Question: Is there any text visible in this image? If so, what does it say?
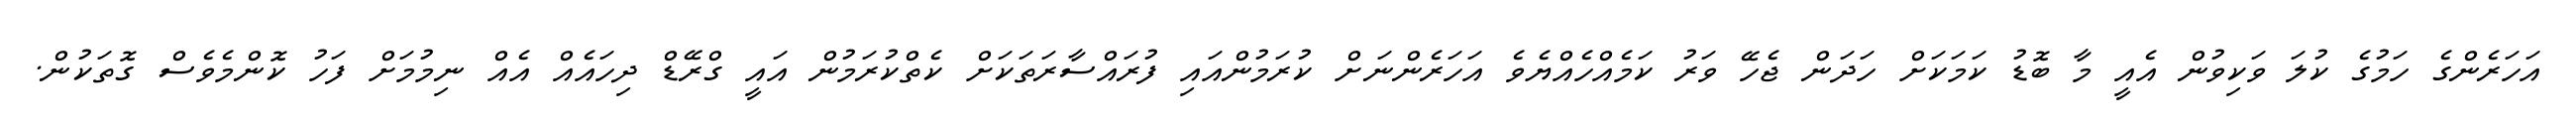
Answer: އަހަރެންގެ ހަމުގެ ކުލަ ވަކިވުން އެއީ މާ ބޮޑު ކަމަކަށް ހަދަން ޖެހޭ ވަރު ކަމެއްހެއްޔެވެ އަހަރެންނަށް ކުރަމުންއައި ފުރައްސާރަތަކަށް ކެތްކުރަމުން އައީ ގްރޭޑް ދިހައެއް އެއް ނިމުމަށް ފަހު ކޮންމެވެސް ގޮތަކުން.